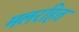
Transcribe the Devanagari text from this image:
मलरहित